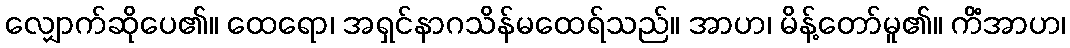
လျှောက်ဆိုပေ၏။ ထေရော၊ အရှင်နာဂသိန်မထေရ်သည်။ အာဟ၊ မိန့်တော်မူ၏။ ကိံအာဟ၊